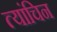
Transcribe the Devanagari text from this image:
त्यांचिन